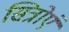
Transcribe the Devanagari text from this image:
सित्रोएं